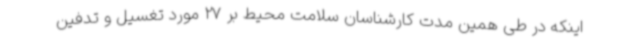
اینکه در طی همین مدت کارشناسان سلامت محیط بر 27 مورد تغسیل و تدفین